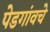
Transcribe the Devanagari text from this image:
पेडगांवचे